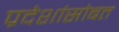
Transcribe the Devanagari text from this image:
प्रदेशांसोबत